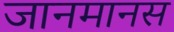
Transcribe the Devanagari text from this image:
जानमानस